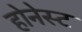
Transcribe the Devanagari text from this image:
होनेस्ट